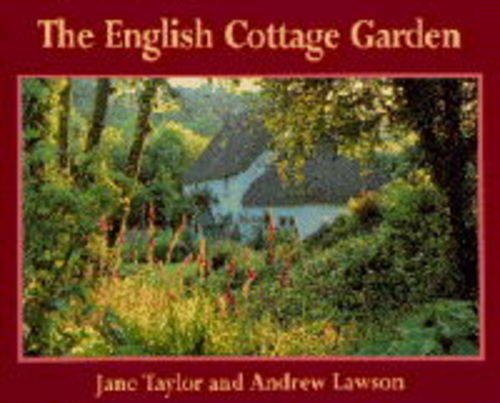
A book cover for The English Cottage Garden (Country series,No. 34); Jane Taylor; Crafts, Hobbies & Home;